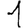
Digit: 1